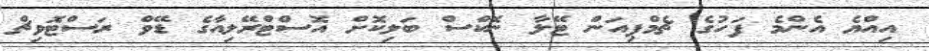
އިއްޔެ އެންމެ ފަހުގެ ޗެމްޕިއަން ޓޭލާ ނޮކްސް ބަލިކޮށް އޮސްޓްރޭލިއާގެ ޑޭވް ރަސްޓޮވިޗް